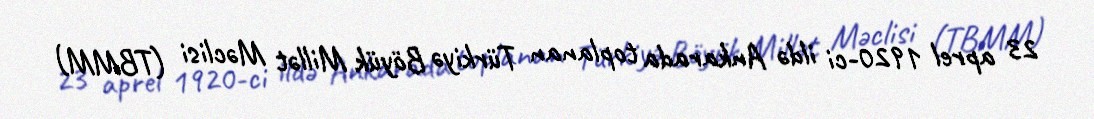
23 aprel 1920-ci ildə Ankarada toplanan Türkiyə Böyük Millət Məclisi (TBMM)